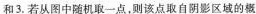
和3.若从图中随机取一点，则该点取自阴影区域的概